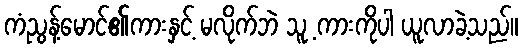
ကံညွန့်မောင်၏ကားနှင့် မလိုက်ဘဲ သူ့ ကားကိုပါ ယူလာခဲ့သည်။